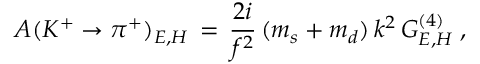
{ \cal A } ( K ^ { + } \rightarrow \pi ^ { + } ) _ { E , H } \, = \, \frac { 2 i } { f ^ { 2 } } \, ( m _ { s } + m _ { d } ) \, k ^ { 2 } \, G _ { E , H } ^ { ( 4 ) } \; ,